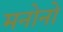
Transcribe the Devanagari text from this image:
मनोनो